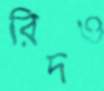
রিদও